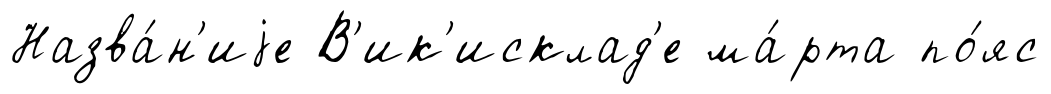
Назва́н'иjе В'ик'исклад'е ма́рта по́яс